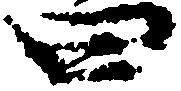
四